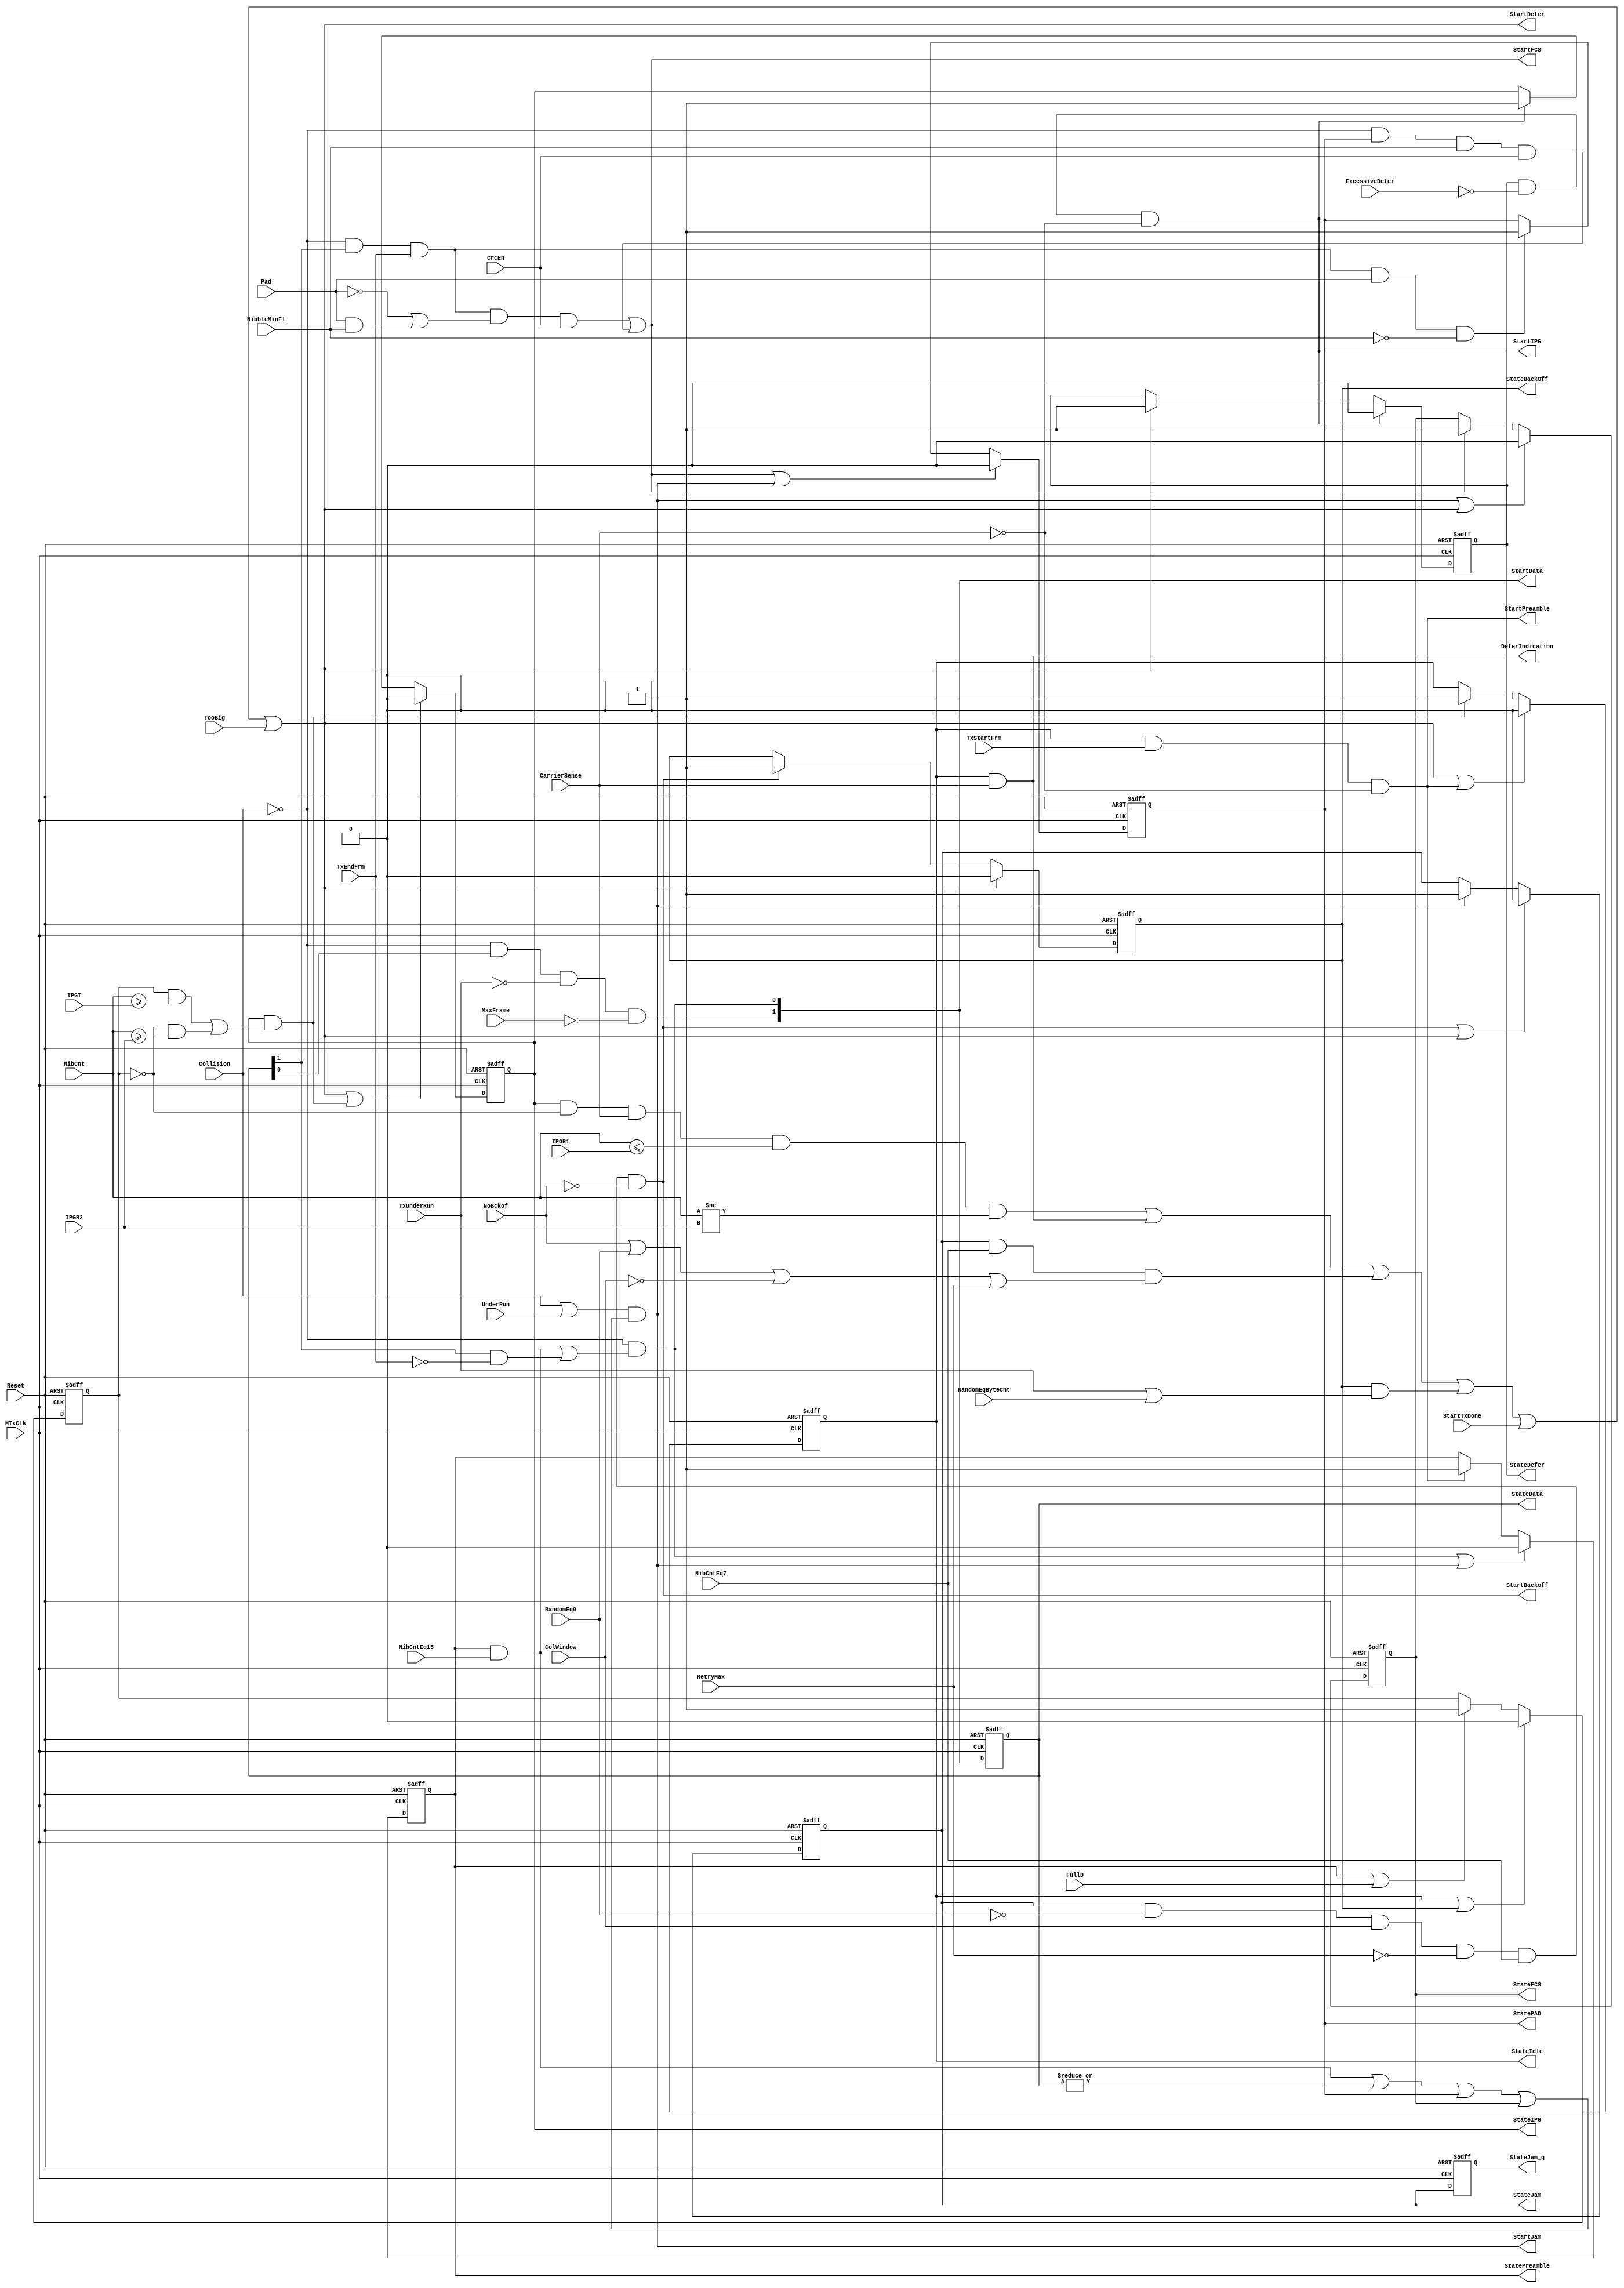
module eth_txstatem  (MTxClk, Reset, ExcessiveDefer, CarrierSense, NibCnt, IPGT, IPGR1, 
                      IPGR2, FullD, TxStartFrm, TxEndFrm, TxUnderRun, Collision, UnderRun, 
                      StartTxDone, TooBig, NibCntEq7, NibCntEq15, MaxFrame, Pad, CrcEn, 
                      NibbleMinFl, RandomEq0, ColWindow, RetryMax, NoBckof, RandomEqByteCnt,
                      StateIdle, StateIPG, StatePreamble, StateData, StatePAD, StateFCS, 
                      StateJam, StateJam_q, StateBackOff, StateDefer, StartFCS, StartJam, 
                      StartBackoff, StartDefer, DeferIndication, StartPreamble, StartData, StartIPG
                     );

input MTxClk;
input Reset;
input ExcessiveDefer;
input CarrierSense;
input [6:0] NibCnt;
input [6:0] IPGT;
input [6:0] IPGR1;
input [6:0] IPGR2;
input FullD;
input TxStartFrm;
input TxEndFrm;
input TxUnderRun;
input Collision;
input UnderRun;
input StartTxDone; 
input TooBig;
input NibCntEq7;
input NibCntEq15;
input MaxFrame;
input Pad;
input CrcEn;
input NibbleMinFl;
input RandomEq0;
input ColWindow;
input RetryMax;
input NoBckof;
input RandomEqByteCnt;


output StateIdle;         // Idle state
output StateIPG;          // IPG state
output StatePreamble;     // Preamble state
output [1:0] StateData;   // Data state
output StatePAD;          // PAD state
output StateFCS;          // FCS state
output StateJam;          // Jam state
output StateJam_q;        // Delayed Jam state
output StateBackOff;      // Backoff state
output StateDefer;        // Defer state

output StartFCS;          // FCS state will be activated in next clock
output StartJam;          // Jam state will be activated in next clock
output StartBackoff;      // Backoff state will be activated in next clock
output StartDefer;        // Defer state will be activated in next clock
output DeferIndication;
output StartPreamble;     // Preamble state will be activated in next clock
output [1:0] StartData;   // Data state will be activated in next clock
output StartIPG;          // IPG state will be activated in next clock

wire StartIdle;           // Idle state will be activated in next clock
wire StartPAD;            // PAD state will be activated in next clock


reg StateIdle;
reg StateIPG;
reg StatePreamble;
reg [1:0] StateData;
reg StatePAD;
reg StateFCS;
reg StateJam;
reg StateJam_q;
reg StateBackOff;
reg StateDefer;
reg Rule1;


// Defining the next state
assign StartIPG = StateDefer & ~ExcessiveDefer & ~CarrierSense;

assign StartIdle = StateIPG & (Rule1 & NibCnt[6:0] >= IPGT | ~Rule1 & NibCnt[6:0] >= IPGR2);

assign StartPreamble = StateIdle & TxStartFrm & ~CarrierSense;

assign StartData[0] = ~Collision & (StatePreamble & NibCntEq15 | StateData[1] & ~TxEndFrm);

assign StartData[1] = ~Collision & StateData[0] & ~TxUnderRun & ~MaxFrame;

assign StartPAD = ~Collision & StateData[1] & TxEndFrm & Pad & ~NibbleMinFl;

assign StartFCS = ~Collision & StateData[1] & TxEndFrm & (~Pad | Pad & NibbleMinFl) & CrcEn
                | ~Collision & StatePAD & NibbleMinFl & CrcEn;

assign StartJam = (Collision | UnderRun) & ((StatePreamble & NibCntEq15) | (|StateData[1:0]) | StatePAD | StateFCS);

assign StartBackoff = StateJam & ~RandomEq0 & ColWindow & ~RetryMax & NibCntEq7 & ~NoBckof;

assign StartDefer = StateIPG & ~Rule1 & CarrierSense & NibCnt[6:0] <= IPGR1 & NibCnt[6:0] != IPGR2
                  | StateIdle & CarrierSense 
                  | StateJam & NibCntEq7 & (NoBckof | RandomEq0 | ~ColWindow | RetryMax)
                  | StateBackOff & (TxUnderRun | RandomEqByteCnt)
                  | StartTxDone | TooBig;

assign DeferIndication = StateIdle & CarrierSense;

// Tx State Machine
always @ (posedge MTxClk or posedge Reset)
begin
  if(Reset)
    begin
      StateIPG        <=  1'b0;
      StateIdle       <=  1'b0;
      StatePreamble   <=  1'b0;
      StateData[1:0]  <=  2'b0;
      StatePAD        <=  1'b0;
      StateFCS        <=  1'b0;
      StateJam        <=  1'b0;
      StateJam_q      <=  1'b0;
      StateBackOff    <=  1'b0;
      StateDefer      <=  1'b1;
    end
  else
    begin
      StateData[1:0] <=  StartData[1:0];
      StateJam_q <=  StateJam;

      if(StartDefer | StartIdle)
        StateIPG <=  1'b0;
      else
      if(StartIPG)
        StateIPG <=  1'b1;

      if(StartDefer | StartPreamble)
        StateIdle <=  1'b0;
      else
      if(StartIdle)
        StateIdle <=  1'b1;

      if(StartData[0] | StartJam)
        StatePreamble <=  1'b0;
      else
      if(StartPreamble)
        StatePreamble <=  1'b1;

      if(StartFCS | StartJam)
        StatePAD <=  1'b0;
      else
      if(StartPAD)
        StatePAD <=  1'b1;

      if(StartJam | StartDefer)
        StateFCS <=  1'b0;
      else
      if(StartFCS)
        StateFCS <=  1'b1;

      if(StartBackoff | StartDefer)
        StateJam <=  1'b0;
      else
      if(StartJam)
        StateJam <=  1'b1;

      if(StartDefer)
        StateBackOff <=  1'b0;
      else
      if(StartBackoff)
        StateBackOff <=  1'b1;

      if(StartIPG)
        StateDefer <=  1'b0;
      else
      if(StartDefer)
        StateDefer <=  1'b1;
    end
end


// This sections defines which interpack gap rule to use
always @ (posedge MTxClk or posedge Reset)
begin
  if(Reset)
    Rule1 <=  1'b0;
  else
    begin
      if(StateIdle | StateBackOff)
        Rule1 <=  1'b0;
      else
      if(StatePreamble | FullD)
        Rule1 <=  1'b1;
    end
end



endmodule